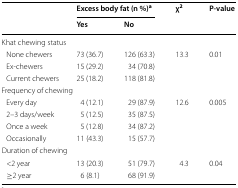
<table><thead><tr><td rowspan="2">[EMPTY_CELL]</td><td colspan="2"><b>Excess body fat (n %)<sup>a</sup></b></td><td rowspan="2"><b>χ<sup>2</sup></b></td><td rowspan="2"><b>P-value</b></td></tr><tr><td><b>Yes</b></td><td><b>No</b></td></tr></thead><tbody><tr><td colspan="5">Khat chewing status</td></tr><tr><td> None chewers</td><td>73 (36.7)</td><td>126 (63.3)</td><td>13.3</td><td>0.01</td></tr><tr><td> Ex-chewers</td><td>15 (29.2)</td><td>34 (70.8)</td><td>[EMPTY_CELL]</td><td>[EMPTY_CELL]</td></tr><tr><td> Current chewers</td><td>25 (18.2)</td><td>118 (81.8)</td><td>[EMPTY_CELL]</td><td>[EMPTY_CELL]</td></tr><tr><td colspan="5">Frequency of chewing</td></tr><tr><td> Every day</td><td>4 (12.1)</td><td>29 (87.9)</td><td>12.6</td><td>0.005</td></tr><tr><td> 2–3 days/week</td><td>5 (12.5)</td><td>35 (87.5)</td><td>[EMPTY_CELL]</td><td>[EMPTY_CELL]</td></tr><tr><td> Once a week</td><td>5 (12.8)</td><td>34 (87.2)</td><td>[EMPTY_CELL]</td><td>[EMPTY_CELL]</td></tr><tr><td> Occasionally</td><td>11 (43.3)</td><td>15 (57.7)</td><td>[EMPTY_CELL]</td><td>[EMPTY_CELL]</td></tr><tr><td colspan="5">Duration of chewing</td></tr><tr><td> &lt;2 year</td><td>13 (20.3)</td><td>51 (79.7)</td><td>4.3</td><td>0.04</td></tr><tr><td> ≥2 year</td><td>6 (8.1)</td><td>68 (91.9)</td><td>[EMPTY_CELL]</td><td>[EMPTY_CELL]</td></tr></tbody></table>